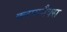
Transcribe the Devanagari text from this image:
क्लायमैक्स